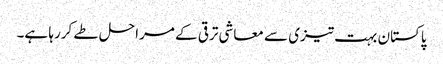
پاکستان بہت تیزی سے معاشی ترقی کے مراحل طے کررہا ہے۔